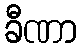
ခီဏာ